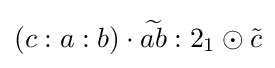
\left(c:a:b\right)\cdot {\widetilde {ab}}:2_{1}\odot {\tilde {c}}